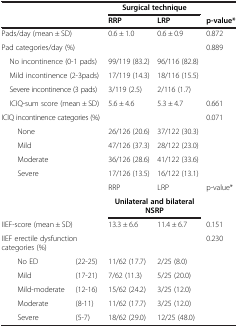
<table><thead><tr><td colspan="2"><b> </b></td><td colspan="2"><b>Surgical technique</b></td><td><b> </b></td></tr><tr><td colspan="2"><b> </b></td><td><b>RRP</b></td><td><b>LRP</b></td><td><b>p-value*</b></td></tr></thead><tbody><tr><td colspan="2">Pads/day (mean ± SD)</td><td>0.6 ± 1.0</td><td>0.6 ± 0.9</td><td>0.872</td></tr><tr><td colspan="2">Pad categories/day (%)</td><td> </td><td> </td><td>0.889</td></tr><tr><td colspan="2"> No incontinence (0-1 pads)</td><td>99/119 (83.2)</td><td>96/116 (82.8)</td><td> </td></tr><tr><td colspan="2"> Mild incontinence (2-3pads)</td><td>17/119 (14.3)</td><td>18/116 (15.5)</td><td> </td></tr><tr><td colspan="2"> Severe incontinence (3 pads)</td><td>3/119 (2.5)</td><td>2/116 (1.7)</td><td> </td></tr><tr><td colspan="2"> ICIQ-sum score (mean ± SD)</td><td>5.6 ± 4.6</td><td>5.3 ± 4.7</td><td>0.661</td></tr><tr><td colspan="2">ICIQ incontinence categories (%)</td><td> </td><td> </td><td>0.071</td></tr><tr><td colspan="2">None</td><td>26/126 (20.6)</td><td>37/122 (30.3)</td><td> </td></tr><tr><td colspan="2">Mild</td><td>47/126 (37.3)</td><td>28/122 (23.0)</td><td> </td></tr><tr><td colspan="2">Moderate</td><td>36/126 (28.6)</td><td>41/122 (33.6)</td><td> </td></tr><tr><td colspan="2">Severe</td><td>17/126 (13.5)</td><td>16/122 (13.1)</td><td> </td></tr><tr><td colspan="2"> </td><td>RRP</td><td>LRP</td><td>p-value*</td></tr><tr><td colspan="2"> </td><td colspan="2"><b>Unilateral and bilateral NSRP</b></td><td> </td></tr><tr><td colspan="2">IIEF-score (mean ± SD)</td><td>13.3 ± 6.6</td><td>11.4 ± 6.7</td><td>0.151</td></tr><tr><td colspan="2">IIEF erectile dysfunction categories (%)</td><td> </td><td> </td><td>0.230</td></tr><tr><td>No ED</td><td>(22-25)</td><td>11/62 (17.7)</td><td>2/25 (8.0)</td><td> </td></tr><tr><td>Mild</td><td>(17-21)</td><td>7/62 (11.3)</td><td>5/25 (20.0)</td><td> </td></tr><tr><td>Mild-moderate</td><td>(12-16)</td><td>15/62 (24.2)</td><td>3/25 (12.0)</td><td> </td></tr><tr><td>Moderate</td><td>(8-11)</td><td>11/62 (17.7)</td><td>3/25 (12.0)</td><td> </td></tr><tr><td>Severe</td><td>(5-7)</td><td>18/62 (29.0)</td><td>12/25 (48.0)</td><td> </td></tr></tbody></table>